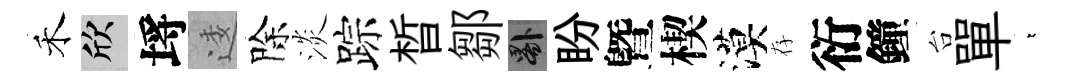
禾欣埓逶除淡踪晳鄒晷盼曁楔漠存衍鐘台單萋